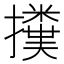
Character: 𢷥